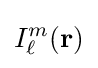
I_{\ell }^{m}(\mathbf {r} )